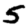
Digit: 5